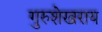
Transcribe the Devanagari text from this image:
गुरुशेखराय